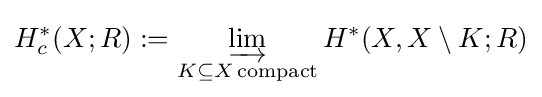
\displaystyle H_{c}^{\ast }(X;R):=\varinjlim _{K\subseteq X\,{\text{compact}}}H^{\ast }(X,X\setminus K;R)